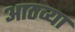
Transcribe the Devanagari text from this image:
आठव्‍या